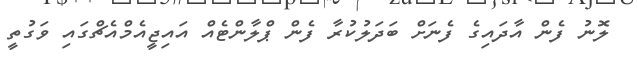
ލޮނު ފެން އާދައިގެ ފެނަށް ބަދަލުކުރާ ފެން ޕްލާންޓެއް އައިޖީއެމްއެޗްގައި ވަގުތީ